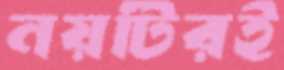
নয়টিরই